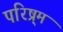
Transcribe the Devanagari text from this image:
परिष्र्म